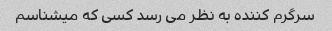
سرگرم کننده به نظر می رسد کسی که میشناسم